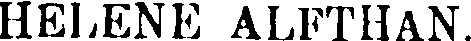
HELENE ALFTHAN.